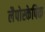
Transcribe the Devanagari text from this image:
लैपोस्केपिक